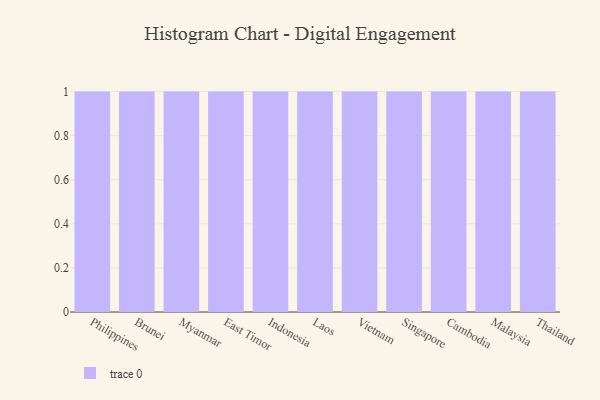
{"axis": {"x": "Country", "y": "Conversion Rate (%)"}, "legend": [""], "data": [{"x": "Philippines", "y": 66, "type": ""}, {"x": "Brunei", "y": 8, "type": ""}, {"x": "Myanmar", "y": 17, "type": ""}, {"x": "East Timor", "y": 46, "type": ""}, {"x": "Indonesia", "y": 24, "type": ""}, {"x": "Laos", "y": 17, "type": ""}, {"x": "Vietnam", "y": 93, "type": ""}, {"x": "Singapore", "y": 89, "type": ""}, {"x": "Cambodia", "y": 78, "type": ""}, {"x": "Malaysia", "y": 40, "type": ""}, {"x": "Thailand", "y": 21, "type": ""}]}